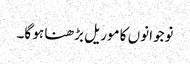
نوجوانوں کا موریل بڑھنا ہو گا۔